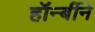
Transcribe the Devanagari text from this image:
हॉर्न्बीने